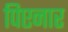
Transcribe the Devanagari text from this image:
पिएनार